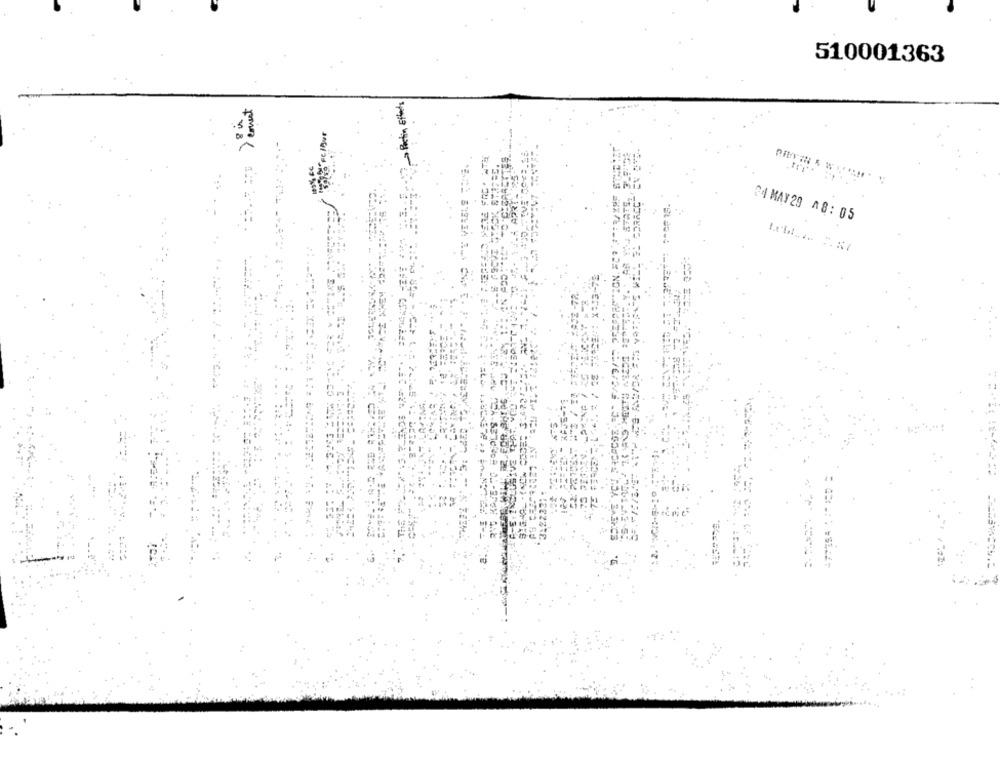
510001363
west
04 MAY29 A8: 05